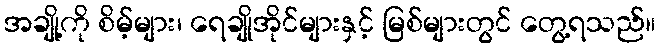
အချို့ကို စိမ့်များ၊ ရေချိုအိုင်များနှင့် မြစ်များတွင် တွေ့ရသည်။